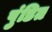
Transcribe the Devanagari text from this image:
पुंडित